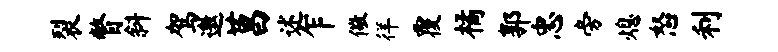
裂瞥斜驾邀莒述乍儆徉覆橘郭忠旁熄怒利